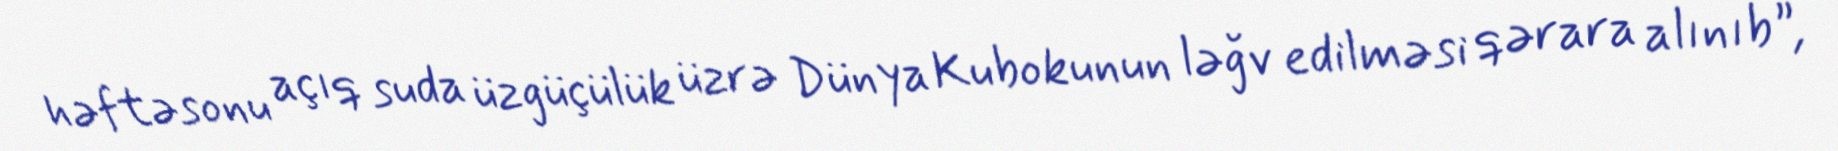
həftəsonu açıq suda üzgüçülük üzrə Dünya Kubokunun ləğv edilməsi qərara alınıb”,